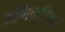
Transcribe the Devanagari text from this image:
मणिकणिका